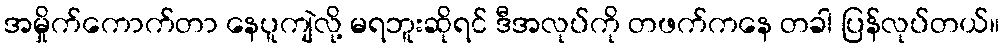
အမှိုက်ကောက်တာ နေပူကျဲလို့ မရဘူးဆိုရင် ဒီအလုပ်ကို တဖက်ကနေ တခါ ပြန်လုပ်တယ်။